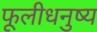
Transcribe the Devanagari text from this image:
फूलीधनुष्य